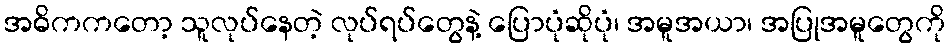
အဓိကကတော့ သူလုပ်နေတဲ့ လုပ်ရပ်တွေနဲ့ ပြောပုံဆိုပုံ၊ အမူအယာ၊ အပြုအမူတွေကို